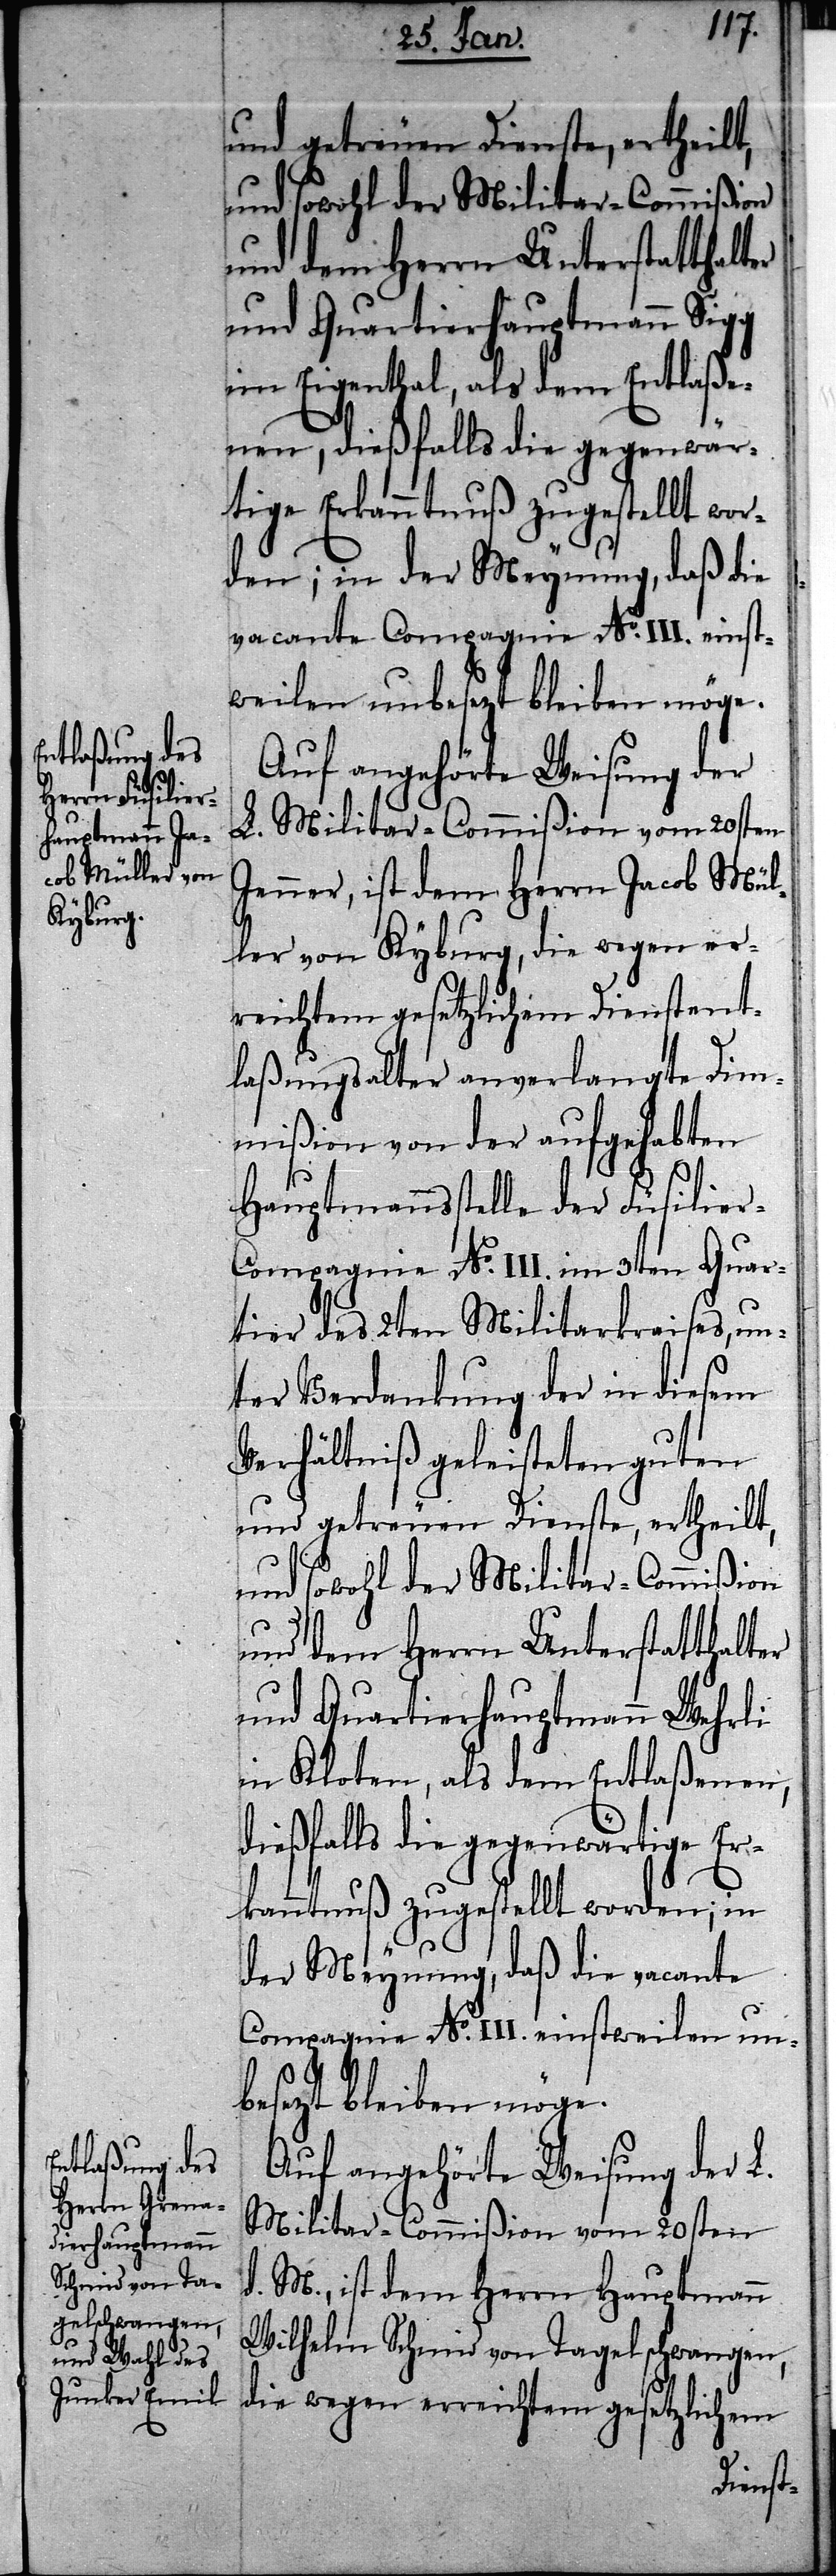
und getreuen Dienste, ertheilt,
und sowohl der Militar-Commißion
und dem Herrn Unterstatthalter
und Quartierhauptmann Sigg
im Eigenthal, als dem Entlaße¬
en, dießfalls die gegenwär¬
tige Erkanntnuß zugestellt wor¬
den; in der Meynung, daß die
vacante Compagnie No. III. einst¬
weilen unbesetzt bleiben möge.
Auf angehörte Weisung der
L. Militar-Commißion vom 20sten
Jenner, ist dem Herrn Jacob Mül¬
ler von Kyburg, die wegen er¬
reichtem gesetzlichem Dienstent¬
laßungsalter anverlangte Dim¬
mißion von der aufgehabten
Hauptmannsstelle der Füsilie¬
r-Compagnie No. III. im 3ten Quar¬
tier des 2ten Militarkraises, un¬
ter Verdankung der in diesem
Verhältniß geleisteten guten
und dem Herrn Unterstatthalter
und Quartierhauptmann Wehrli
in Kloten, als dem Entlaßen¬
d. M., ist dem Herrn Hauptmann
Wilhelm Schmid von Tagelschwangen,
die wegen erreichtem gesetzlichen